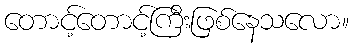
တောင့်တောင့်ကြီးဖြစ်နေသလော။